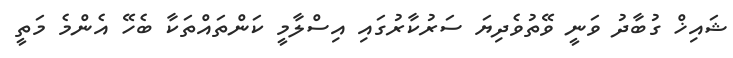
ޝައިޚް ގުބާދު ވަނީ ވޭތުވެދިޔަ ސަރުކާރުގައި އިސްލާމީ ކަންތައްތަކާ ބެހޭ އެންމެ މަތީ